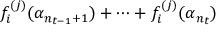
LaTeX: f _ { i } ^ { ( j ) } ( \alpha _ { n _ { t - 1 } + 1 } ) + \cdots + f _ { i } ^ { ( j ) } ( \alpha _ { n _ { t } } )